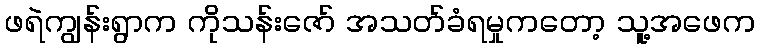
ဖရဲကျွန်းရွာက ကိုသန်းဇော် အသတ်ခံရမှုကတော့ သူ့အဖေက